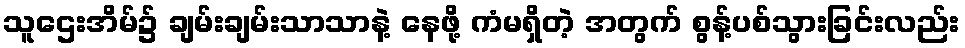
သူဌေးအိမ်၌ ချမ်းချမ်းသာသာနဲ့ နေဖို့ ကံမရှိတဲ့ အတွက် စွန့်ပစ်သွားခြင်းလည်း